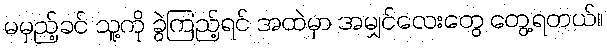
မမှည့်ခင် သူ့ကို ခွဲကြည့်ရင် အထဲမှာ အမျှင်လေးတွေ တွေ့ရတယ်။